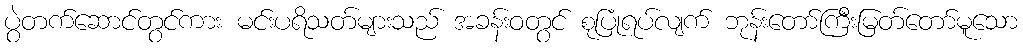
ပွဲတက်ဆောင်တွင်ကား မင်းပရိသတ်များသည် အခန်းဝတွင် စုပြုံရပ်လျက် ဘုန်းတော်ကြီးမြတ်တော်မူသော